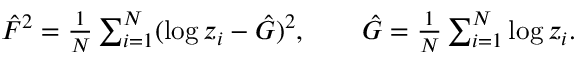
\begin{array} { r } { \hat { F } ^ { 2 } = \frac { 1 } { N } \sum _ { i = 1 } ^ { N } ( \log z _ { i } - \hat { G } ) ^ { 2 } , \qquad \hat { G } = \frac { 1 } { N } \sum _ { i = 1 } ^ { N } \log z _ { i } . } \end{array}